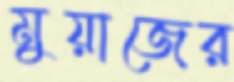
মুয়াজের